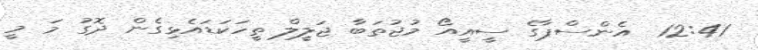
12:41  އެންސްޕާގެ ސީއީއޯ މުޖުތަބާ ޖަލީލް ތީހަކަޑައެޅިގެން ދޮގު މަ މީ